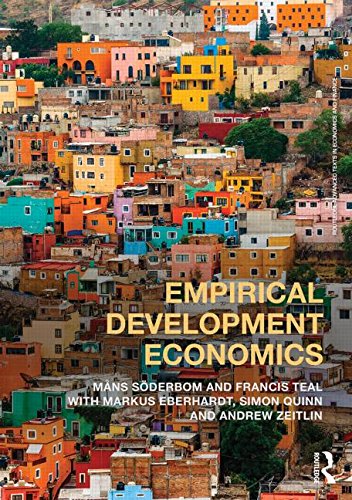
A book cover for Empirical Development Economics (Routledge Advanced Texts in Economics and Finance); MÃ¥ns SÃ¶derbom; Business & Money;